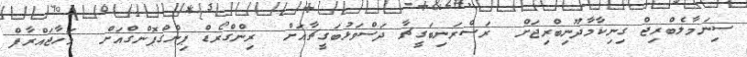
ސިނަމާލެބްރިޖް ގިނިކާމާދޫނިބްރިޖަށް  ރަސްރަނިބަގީޗާ ދަސްވަޅުބަގީޗާއަށް  ރިންގްރޯޑް ޕިންގްޕޮންގްއަށް  މަހާޖައްރާފް